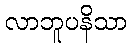
လာဘူပနိသာ